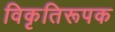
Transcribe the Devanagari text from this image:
विकृतिरूपक